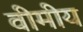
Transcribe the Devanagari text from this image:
वीमीय